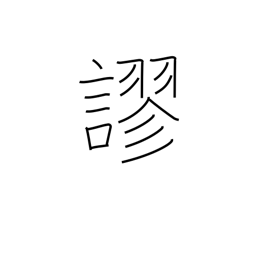
Meaning: mistake